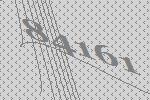
84161